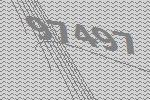
97497